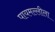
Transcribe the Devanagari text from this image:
पायमल्लीला